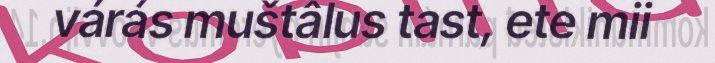
várás muštâlus tast, ete mii